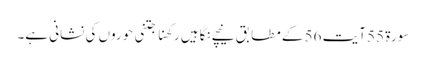
سورۃ 55 آیت 56 کے مطابق نیچے نگاہیں رکھنا جتنی حوروں کی نشانی ہے۔